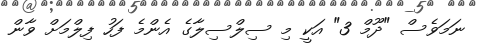
ނަމަވެސް "ދޫމް 3" އަކީ މި ސިލްސިލާގެ އެންމެ ފަހު ފިލްމަށް ވާން